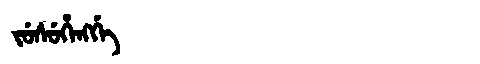
Manchu: ᠵᡠᠰᡠᡥᡝᠩᡤᡝ
Romanization: JUSUHENGGE